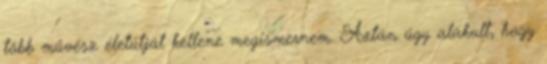
több művész életútját kellene megismernem. Aztán úgy alakult, hogy